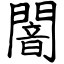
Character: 闇